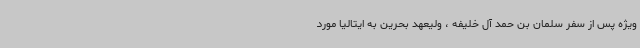
ویژه پس از سفر سلمان بن حمد آل خلیفه ، ولیعهد بحرین به ایتالیا مورد